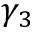
\gamma _ { 3 }